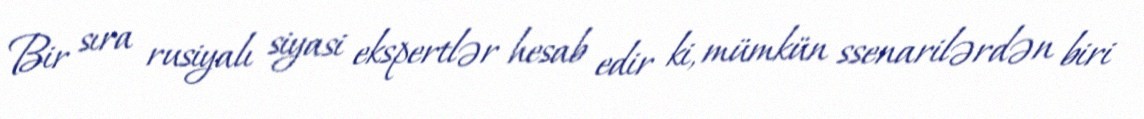
Bir sıra rusiyalı siyasi ekspertlər hesab edir ki, mümkün ssenarilərdən biri